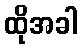
ထိုအခါ